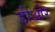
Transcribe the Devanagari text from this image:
डीओर